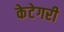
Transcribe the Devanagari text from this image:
केटेगरी